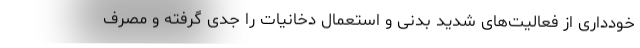
خودداری از فعالیت‌های شدید بدنی و استعمال دخانیات را جدی گرفته و مصرف